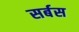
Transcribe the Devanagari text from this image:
सर्बस